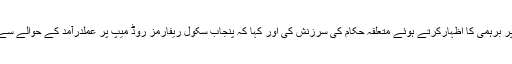
وزیراعلیٰ نے بعض امور میں تاخیر پر برہمی کا اظہارکرتے ہوئے متعلقہ حکام کی سرزنش کی اور کہا کہ پنجاب سکول ریفارمز روڈ میپ پر عملدرآمد کے حوالے سے سست روی کسی صورت قبول نہیں۔